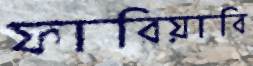
ফারিয়াবি